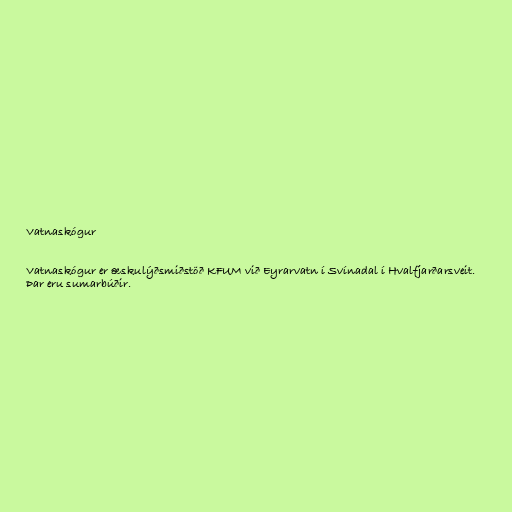
Vatnaskógur

Vatnaskógur er æskulýðsmiðstöð KFUM við Eyrarvatn í Svínadal í Hvalfjarðarsveit.
Þar eru sumarbúðir.